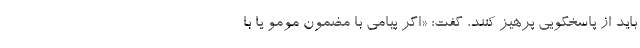
‌باید از پاسخگویی پرهیز کنند، گفت: «اگر پیامی با مضمون مومو یا با